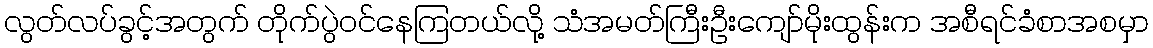
လွတ်လပ်ခွင့်အတွက် တိုက်ပွဲဝင်နေကြတယ်လို့ သံအမတ်ကြီးဦးကျော်မိုးထွန်းက အစီရင်ခံစာအစမှာ